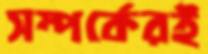
সম্পর্কেরই